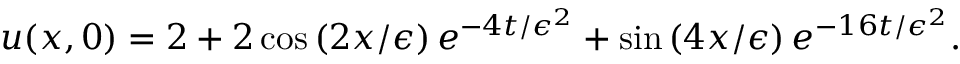
u ( x , 0 ) = 2 + 2 \cos \left( 2 x / \epsilon \right) e ^ { - 4 t / \epsilon ^ { 2 } } + \sin \left( 4 x / \epsilon \right) e ^ { - 1 6 t / \epsilon ^ { 2 } } .